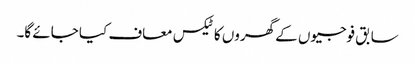
سابق فوجیوں کے گھروں کا ٹیکس معاف کیا جائے گا۔